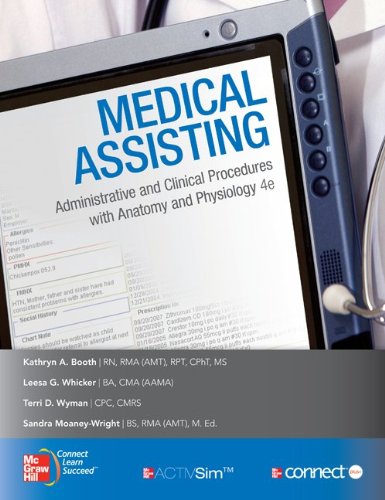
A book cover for Medical Assisting: Administrative and Clinical Procedures with Anatomy & Physiology; Kathryn Booth; Medical Books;